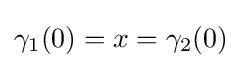
{\gamma _{1}}(0)=x={\gamma _{2}}(0)